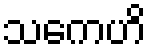
သကေဟိ